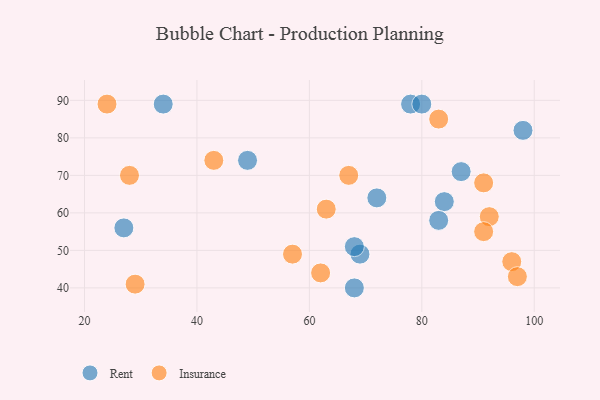
{"axis": {"x": "GDP", "y": "Life Expectancy"}, "legend": ["Insurance", "Rent"], "data": [{"x": "87", "y": 71, "type": "Rent"}, {"x": "69", "y": 49, "type": "Rent"}, {"x": "68", "y": 51, "type": "Rent"}, {"x": "34", "y": 89, "type": "Rent"}, {"x": "84", "y": 63, "type": "Rent"}, {"x": "78", "y": 89, "type": "Rent"}, {"x": "98", "y": 82, "type": "Rent"}, {"x": "49", "y": 74, "type": "Rent"}, {"x": "27", "y": 56, "type": "Rent"}, {"x": "68", "y": 40, "type": "Rent"}, {"x": "83", "y": 58, "type": "Rent"}, {"x": "72", "y": 64, "type": "Rent"}, {"x": "80", "y": 89, "type": "Rent"}, {"x": "83", "y": 85, "type": "Insurance"}, {"x": "24", "y": 89, "type": "Insurance"}, {"x": "96", "y": 47, "type": "Insurance"}, {"x": "29", "y": 41, "type": "Insurance"}, {"x": "57", "y": 49, "type": "Insurance"}, {"x": "62", "y": 44, "type": "Insurance"}, {"x": "43", "y": 74, "type": "Insurance"}, {"x": "92", "y": 59, "type": "Insurance"}, {"x": "97", "y": 43, "type": "Insurance"}, {"x": "91", "y": 55, "type": "Insurance"}, {"x": "67", "y": 70, "type": "Insurance"}, {"x": "28", "y": 70, "type": "Insurance"}, {"x": "63", "y": 61, "type": "Insurance"}, {"x": "91", "y": 68, "type": "Insurance"}]}